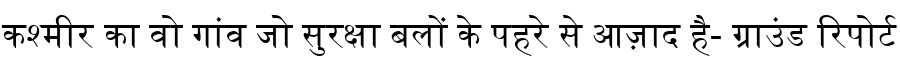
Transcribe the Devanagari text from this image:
कश्मीर का वो गांव जो सुरक्षा बलों के पहरे से आज़ाद है- ग्राउंड रिपोर्ट